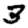
Digit: 3